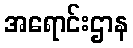
အရောင်းဌာန